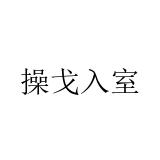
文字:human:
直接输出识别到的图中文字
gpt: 操戈入室